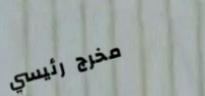
مخرج رئيسي